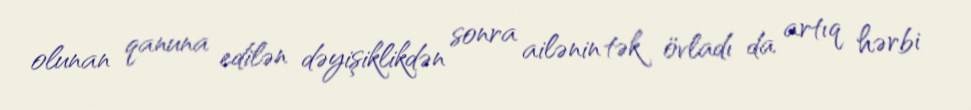
olunan qanuna edilən dəyişiklikdən sonra ailənin tək övladı da artıq hərbi